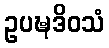
ဥပဍ္ဎဒိဝသံ